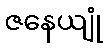
ဇနေယျုံ